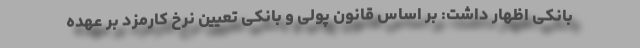
بانکی اظهار داشت: بر اساس قانون پولی و بانکی تعیین نرخ کارمزد بر عهده